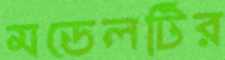
মডেলটির